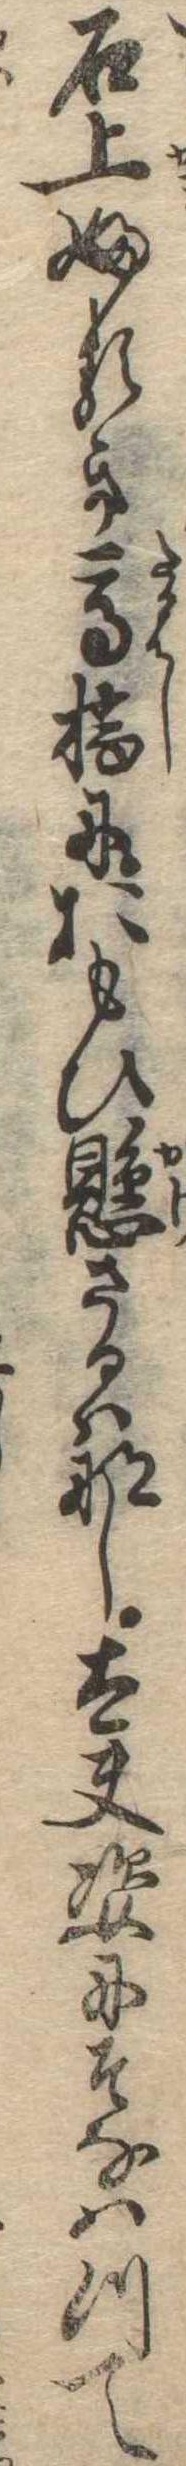
石上ふるき高橋におもひ懸さるはなし太夫姿にそなはつて